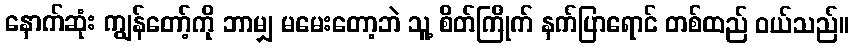
နောက်ဆုံး ကျွန်တော့်ကို ဘာမျှ မမေးတော့ဘဲ သူ့ စိတ်ကြိုက် နက်ပြာရောင် တစ်ထည် ဝယ်သည်။